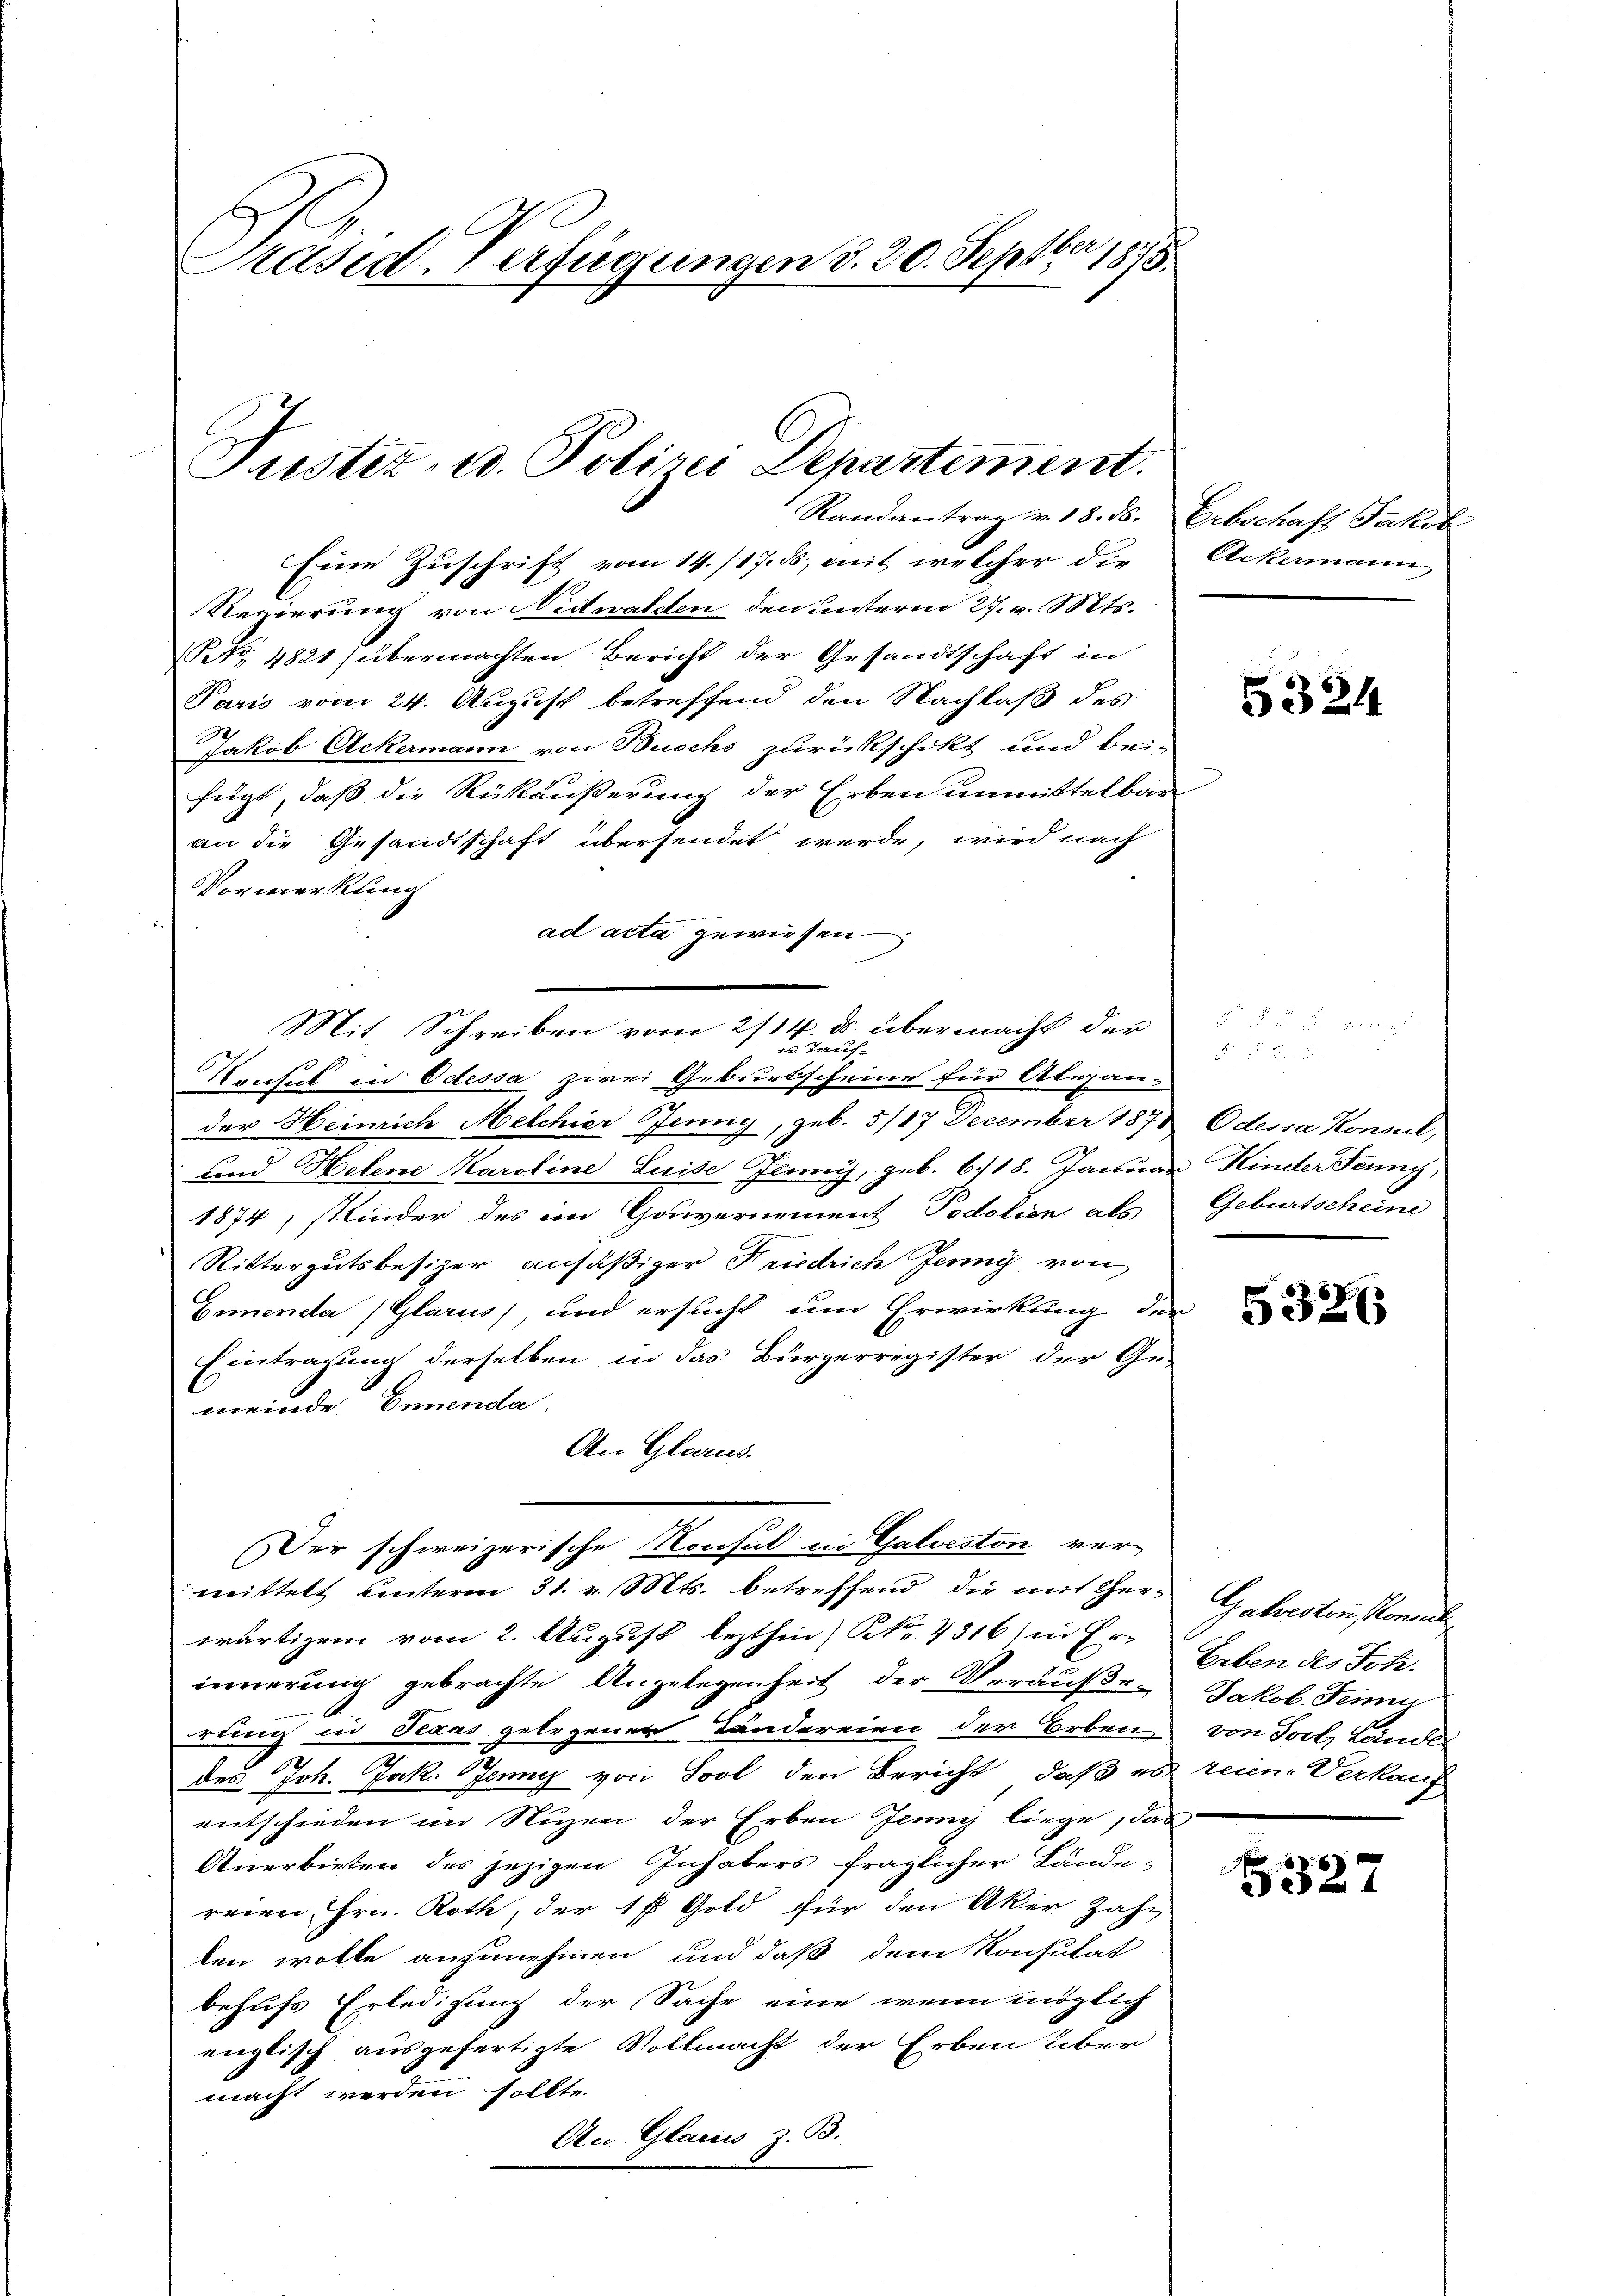
Präsid. Verfügungen d. 20. Septber 1815

Regierung von Nidwalden den unterm 27. v. Mts.
etz. 4821) übermachten Bericht der Gesandtschaft in
Paris vom 24. August betreffend den Nachlaß des
Jakob Ackermann von Bucchs zurückschikt und bei-
fügt, daß die Rückäußerung der Erben unmittelbar
an die Gesandtschaft übersendet werde, wird nach
Vormerkung
ad acta gewiesen
Mit. Schreiben vom 2/14. ds. übermacht der
u. Tauf¬
Konsul in Odessa zwei Geburtscheine für Alexan-
der Heinrich Melchier Jenny, geb. 5/87 December 1873 Odessa Konsul,
und Helene Karoline Luise Junii, geb. 6./18. Januar Kinder Fenny,
1874, stinder des im Gouvernement Podolien als
Rittergutsbesizer ansäßiger Friedrich Jenny von
Ennenda (Glarus, und ersucht um Erwirkung der
Eintragung derselben in das Bürgerregister der Ge-
meinde Emmenda,
An Glarus.
Der schweizerische Konsul in Galveston vermittelt unterm 31. v. Mts. betreffend die mit Herwärtigem vom 2. August lezthin, No 1316) in Er-
innerung gebrachte Angelegenheit der Veräußerung in Texas gelegenen Ländereien der Erben von Joch Landes
des Joh. Jak. Jenny von Sool den Bericht, daß es reine Verkauf
entschieden im Nuzen der Erben Jenny liege, das
Anerbieten des jezigen Inhabers fraglicher Ländereien, Hrn. Roth, der 17 Gold für den Aker Zahn
ten wolle anzunehmen und daß dem Konsulat
behufs Erledigung der Sache eine wenn möglich
englisch ausgefertigte Vollmacht der Erben über
macht werden sollte.
An Glarus z. B.

Randantrag v. 18. ds. Erbschaft Jakob
Eine Zuschrift vom 14./17. ds. mit welcher die

Justiz- u. Polizei Departement.

Ackermann

e

5324

. ver
 x
Geburtscheine

5326

Galvesten Moment
Erben des Joh.
Jakob. Jenni

5527